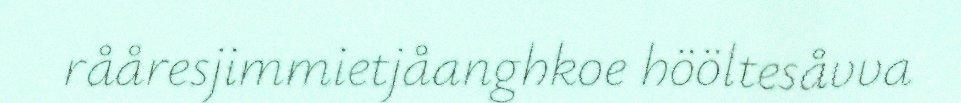
rååresjimmietjåanghkoe hööltesåvva